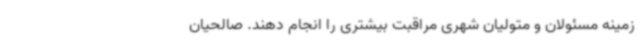
زمینه مسئولان و متولیان شهری مراقبت بیشتری را انجام دهند. صالحیان